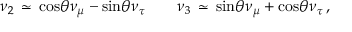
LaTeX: \nu _ { 2 } \, \simeq \, \mathrm { c o s } \theta \nu _ { \mu } - \mathrm { s i n } \theta \nu _ { \tau } \qquad \nu _ { 3 } \, \simeq \, \mathrm { s i n } \theta \nu _ { \mu } + \mathrm { c o s } \theta \nu _ { \tau } \, ,